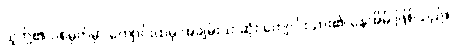
သူတို့၏ ပစ်မှတ်မှာ ကျောင်းထဲမှ အချမ်းသာဆုံး ကျောင်းသား၏ နေအိမ် ဖြစ်သည်။